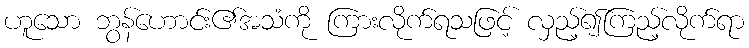
ဟူသော ဘွန်ဟောင်း၏အသံကို ကြားလိုက်ရသဖြင့် လှည့်၍ကြည့်လိုက်ရာ